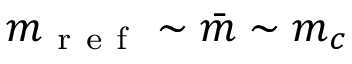
m _ { \mathrm { ~ r ~ e ~ f ~ } } \sim \bar { m } \sim m _ { c }